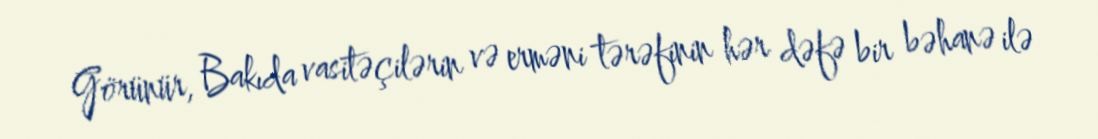
Görünür, Bakıda vasitəçilərin və erməni tərəfinin hər dəfə bir bəhanə ilə